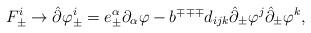
\begin{align*}F^i_{\pm}\rightarrow\hat\partial\varphi^i_{\pm}=e^\alpha_{\pm}\partial_\alpha\varphi-b^{\mp\mp\mp}d_{ijk}\hat\partial_{\pm}\varphi^j\hat\partial_{\pm}\varphi^k,\end{align*}